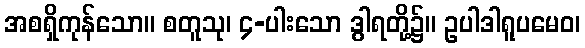
အစရှိကုန်သော။ စတူသု၊ ၄-ပါးသော ဒွါရတို့၌။ ဥပါဒါရူပမေဝ၊